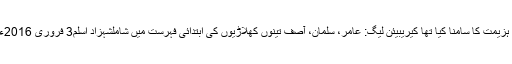
موجودہ ٹیم میں صرف تین کھلاڑی ایسے ہیں، جو اُس وقت انگلستان میں موجود تھے جب قوم نے اس ہزیمت کا سامنا کیا تھا کیریبیئن لیگ: عامر، سلمان، آصف تینوں کھلاڑیوں کی ابتدائی فہرست میں شاملشہزاد اسلم3 فروری 2016ءلیگ کرکٹ نے ایسا راستہ کھولا ہے جس کے بعد ہر آئے دن ٹی ٹوئنٹی میلہ سجا ہوا دکھائی دیتا ہے۔